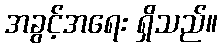
အခွင့်အရေး ရှိသည်။